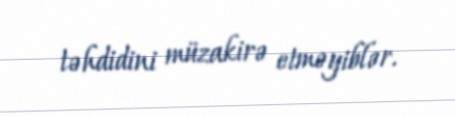
təhdidini müzakirə etməyiblər.